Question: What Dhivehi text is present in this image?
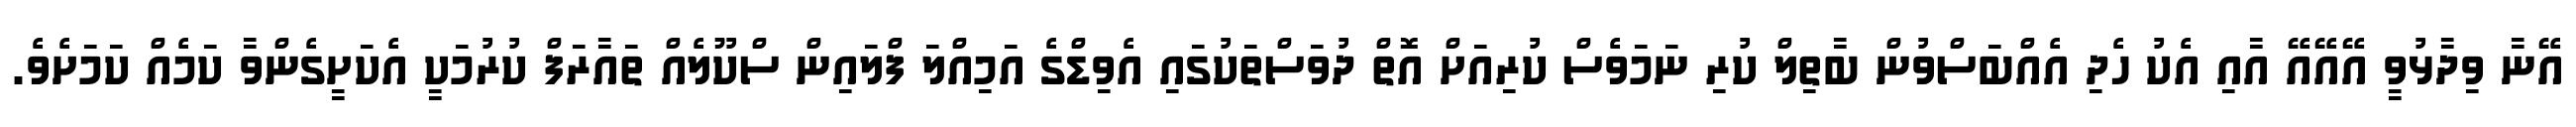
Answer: އޭނާ ވިދާޅުވީ އޭއޭއޭ އާއި އެކު ހެދި އެއްބަސްވުން ބާތިލް ކުރި ނަމަވެސް ކުރިއަށް އޮތް ދުވަސްތަކުގައި އެވިޑްގެ އަމިއްލަ ފްލައިން ސްކޫލެއް ތައާރަފް ކުރުމަކީ އެކަށީގެންވާ ކަމެއް ކަމަށެވެ.